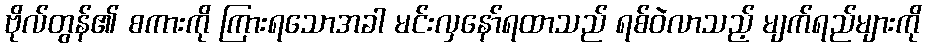
ဗိုလ်တွန်၏ စကားကို ကြားရသောအခါ မင်းလှနော်ရထာသည် ရစ်ဝဲလာသည့် မျက်ရည်များကို